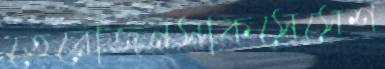
তেরোজনসাকসেসেশ